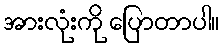
အားလုံးကို ပြောတာပါ။